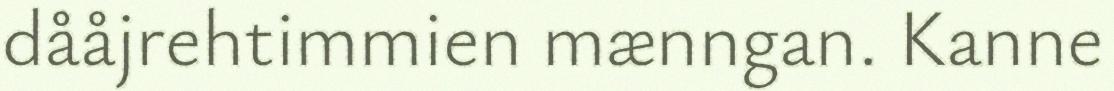
dååjrehtimmien mænngan. Kanne